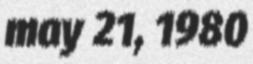
may 21, 1980